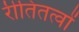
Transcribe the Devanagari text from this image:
रीतितत्वों